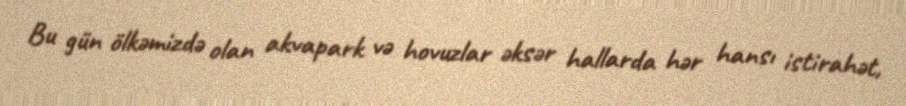
Bu gün ölkəmizdə olan akvapark və hovuzlar əksər hallarda hər hansı istirahət,